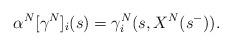
LaTeX: \begin{align*}\alpha^N[\gamma^N]_i(s) = \gamma^N_i(s,X^N(s^-)) .\end{align*}